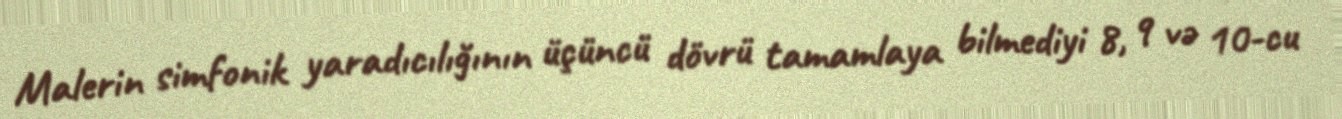
Malerin simfonik yaradıcılığının üçüncü dövrü tamamlaya bilmediyi 8, 9 və 10-cu